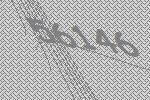
56146